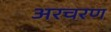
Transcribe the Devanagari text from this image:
अरचरण